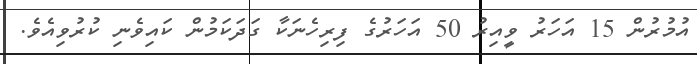
އުމުރުން 15 އަހަރު ވީއިރު 50 އަހަރުގެ ފިރިހެނަކާ ގަދަކަމުން ކައިވެނި ކުރުވިއެވެ.